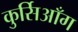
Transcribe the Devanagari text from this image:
कुर्सिआँग